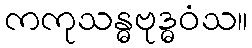
ကကုသန္ဓဗုဒ္ဓဝံသ။